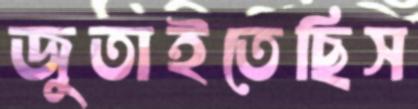
জুতাইতেছিস